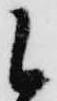
候